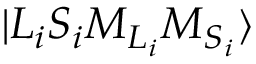
\ensuremath { \vert { L } _ { i } { S } _ { i } { M } _ { { L } _ { i } } { M } _ { { S } _ { i } } \rangle }